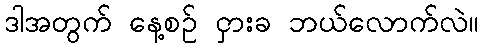
ဒါအတွက် နေ့စဉ် ငှားခ ဘယ်လောက်လဲ။